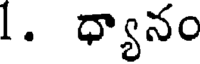
1. ధ్యానం